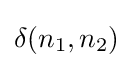
\delta (n_{1},n_{2})